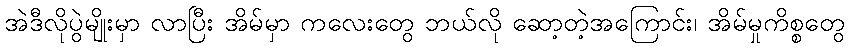
အဲဒီလိုပွဲမျိုးမှာ လာပြီး အိမ်မှာ ကလေးတွေ ဘယ်လို ဆော့တဲ့အကြောင်း၊ အိမ်မှုကိစ္စတွေ